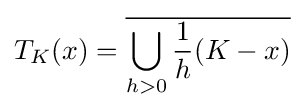
T_{K}(x)={\overline {\bigcup _{h>0}{\frac {1}{h}}(K-x)}}